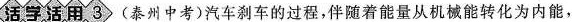
活拿活用3(泰州中考)汽车刹车的过程，伴随着能量从机械能转化为内能，